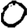
Digit: 0